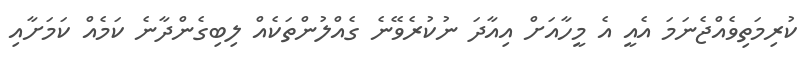
ކުރިމަތިވެއްޖެނަމަ އެއީ އެ މީހާއަށް އިއާދަ ނުކުރެވޭނެ ގެއްލުންތަކެއް ލިބިގެންދާނެ ކަމެއް ކަމަށާއި